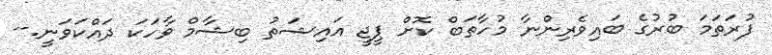
ފުރަތަމަ ބުރުގެ ބައިވެރިންނާ މުހާތަބް ކޮށް ޕީޖީ އައިޝަތު ބިޝާމް ވާހަކަ ދައްކަވަނީ.--